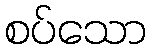
စပ်သော